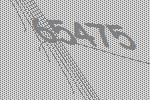
65475